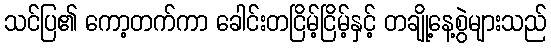
သင်ပြ၏ ကော့တက်ကာ ခေါင်းတငြိမ့်ငြိမ့်နှင့် တချို့နေ့စွဲများသည်